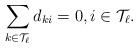
LaTeX: \begin{align*}\sum_{k\in \mathcal{T}_{\ell}}d_{ki}=0, i\in \mathcal{T}_{\ell}.\end{align*}